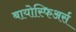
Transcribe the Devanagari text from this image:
बायोस्फिअर्स